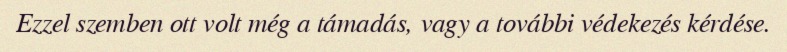
Ezzel szemben ott volt még a támadás, vagy a további védekezés kérdése.